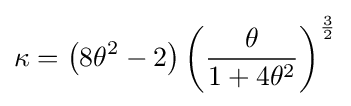
\kappa =\left(8\theta ^{2}-2\right)\left({\frac {\theta }{1+4\theta ^{2}}}\right)^{\frac {3}{2}}